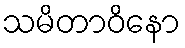
သမိတာဝိနော